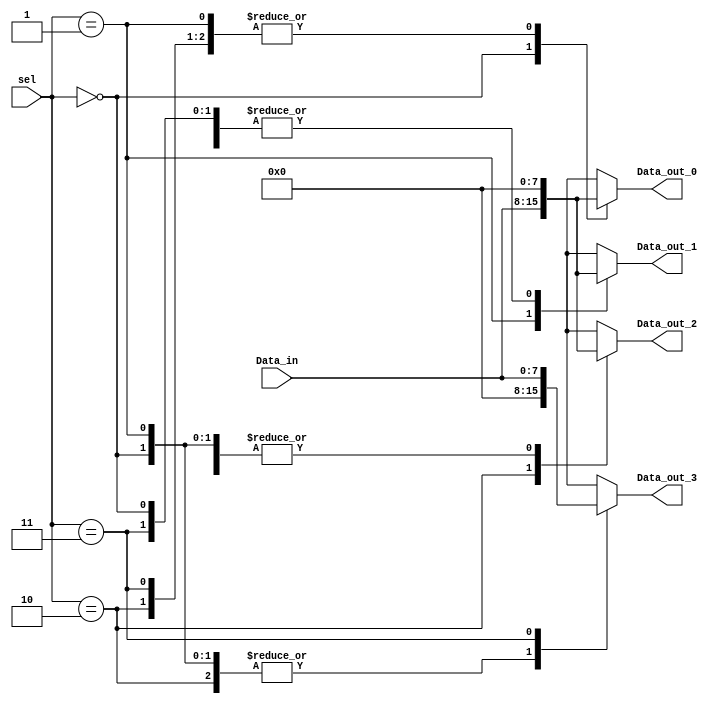
/****************************************************************************************
*****************************************************************************************
Name: 
	Demux4to1
	
Description: 
	This is a Demux 1 to 4

Subject:
	Microprocessors Design - ITESO

Author:
	Cesar Carlos Robles Martinez 

Date:
	14/04/2019
*****************************************************************************************
*****************************************************************************************/

module Demux4to1

#(
parameter WORD_LENGTH = 8
)

(
//Inputs
    input [WORD_LENGTH -1 : 0]Data_in,
    input [1:0] sel,
//Outputs
    output [WORD_LENGTH -1 : 0] Data_out_0,
    output [WORD_LENGTH -1 : 0] Data_out_1,
    output [WORD_LENGTH -1 : 0] Data_out_2,
    output [WORD_LENGTH -1 : 0] Data_out_3
);

/****************************************************************/
    reg [WORD_LENGTH -1 : 0] Data_out_0_reg;
    reg [WORD_LENGTH -1 : 0] Data_out_1_reg;
    reg [WORD_LENGTH -1 : 0] Data_out_2_reg;
    reg [WORD_LENGTH -1 : 0] Data_out_3_reg;  

/****************************************************************/
	 
    always @(Data_in or sel)
    begin
        case (sel)  
		  
            2'b00 : begin
                        Data_out_0_reg = Data_in;
                        Data_out_1_reg = 0;
                        Data_out_2_reg = 0;
                        Data_out_3_reg = 0;
                      end
            2'b01 : begin
                        Data_out_0_reg = 0;
                        Data_out_1_reg = Data_in;
                        Data_out_2_reg = 0;
                        Data_out_3_reg = 0;
                      end
            2'b10 : begin
                        Data_out_0_reg = 0;
                        Data_out_1_reg = 0;
                        Data_out_2_reg = Data_in;
                        Data_out_3_reg = 0;
                      end
            2'b11 : begin
                        Data_out_0_reg = 0;
                        Data_out_1_reg = 0;
                        Data_out_2_reg = 0;
                        Data_out_3_reg = Data_in;
                      end
        endcase
    end
	 
assign Data_out_0 = Data_out_0_reg;
assign Data_out_1 = Data_out_1_reg;
assign Data_out_2 = Data_out_2_reg;
assign Data_out_3 = Data_out_3_reg;
 
endmodule